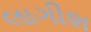
લાગીશ